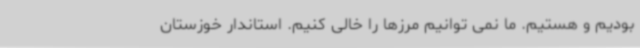
بودیم و هستیم. ما نمی توانیم مرزها را خالی کنیم. استاندار خوزستان